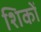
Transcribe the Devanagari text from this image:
शिकों